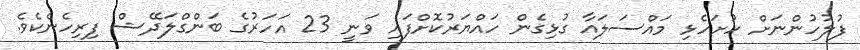
ފުލުހުންނަށް ހުށަހެޅި މައްސަލައާ ގުޅިގެން ހައްޔަރުކޮށްފައި ވަނީ 23 އަހަރުގެ ބަންގްލަދޭޝް ފިރިހެނެކެވެ.